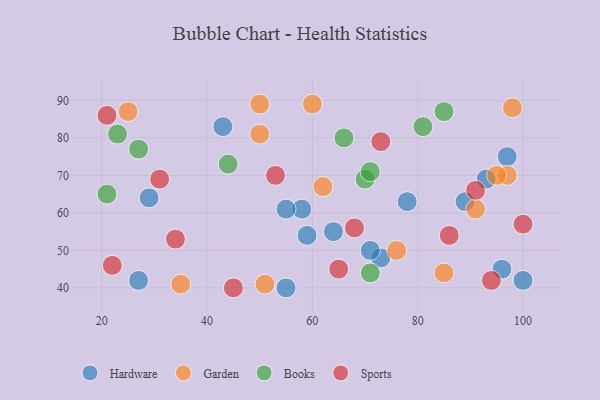
{"axis": {"x": "GDP", "y": "Life Expectancy"}, "legend": ["Books", "Garden", "Hardware", "Sports"], "data": [{"x": "59", "y": 54, "type": "Hardware"}, {"x": "27", "y": 42, "type": "Hardware"}, {"x": "43", "y": 83, "type": "Hardware"}, {"x": "100", "y": 42, "type": "Hardware"}, {"x": "64", "y": 55, "type": "Hardware"}, {"x": "29", "y": 64, "type": "Hardware"}, {"x": "93", "y": 69, "type": "Hardware"}, {"x": "96", "y": 45, "type": "Hardware"}, {"x": "73", "y": 48, "type": "Hardware"}, {"x": "71", "y": 50, "type": "Hardware"}, {"x": "89", "y": 63, "type": "Hardware"}, {"x": "78", "y": 63, "type": "Hardware"}, {"x": "97", "y": 75, "type": "Hardware"}, {"x": "55", "y": 40, "type": "Hardware"}, {"x": "58", "y": 61, "type": "Hardware"}, {"x": "55", "y": 61, "type": "Hardware"}, {"x": "35", "y": 41, "type": "Garden"}, {"x": "50", "y": 89, "type": "Garden"}, {"x": "51", "y": 41, "type": "Garden"}, {"x": "50", "y": 81, "type": "Garden"}, {"x": "97", "y": 70, "type": "Garden"}, {"x": "25", "y": 87, "type": "Garden"}, {"x": "76", "y": 50, "type": "Garden"}, {"x": "60", "y": 89, "type": "Garden"}, {"x": "91", "y": 61, "type": "Garden"}, {"x": "95", "y": 70, "type": "Garden"}, {"x": "98", "y": 88, "type": "Garden"}, {"x": "85", "y": 44, "type": "Garden"}, {"x": "62", "y": 67, "type": "Garden"}, {"x": "21", "y": 65, "type": "Books"}, {"x": "27", "y": 77, "type": "Books"}, {"x": "66", "y": 80, "type": "Books"}, {"x": "85", "y": 87, "type": "Books"}, {"x": "70", "y": 69, "type": "Books"}, {"x": "44", "y": 73, "type": "Books"}, {"x": "71", "y": 71, "type": "Books"}, {"x": "23", "y": 81, "type": "Books"}, {"x": "71", "y": 44, "type": "Books"}, {"x": "81", "y": 83, "type": "Books"}, {"x": "21", "y": 86, "type": "Sports"}, {"x": "68", "y": 56, "type": "Sports"}, {"x": "65", "y": 45, "type": "Sports"}, {"x": "31", "y": 69, "type": "Sports"}, {"x": "73", "y": 79, "type": "Sports"}, {"x": "100", "y": 57, "type": "Sports"}, {"x": "22", "y": 46, "type": "Sports"}, {"x": "91", "y": 66, "type": "Sports"}, {"x": "45", "y": 40, "type": "Sports"}, {"x": "94", "y": 42, "type": "Sports"}, {"x": "34", "y": 53, "type": "Sports"}, {"x": "86", "y": 54, "type": "Sports"}, {"x": "53", "y": 70, "type": "Sports"}]}